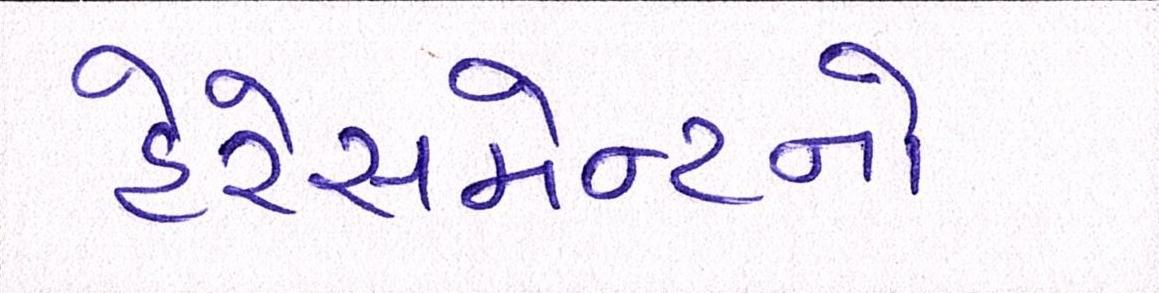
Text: હેરેસમેન્ટનો